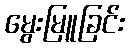
မွေးမြူခြင်း